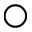
\bigcirc